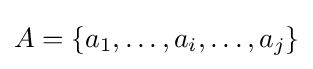
A=\{a_{1},\ldots ,a_{i},\ldots ,a_{j}\}